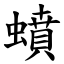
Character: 蟦